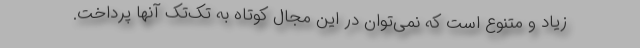
زیاد و متنوع است که نمی‌توان در این مجال کوتاه به تک‌تک آنها پرداخت.